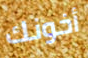
أخونك